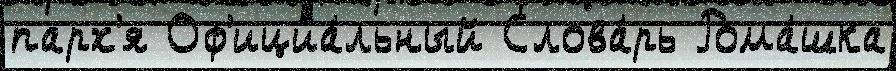
парх'я Оф'ициа́льный Слова́рь Рома́шка